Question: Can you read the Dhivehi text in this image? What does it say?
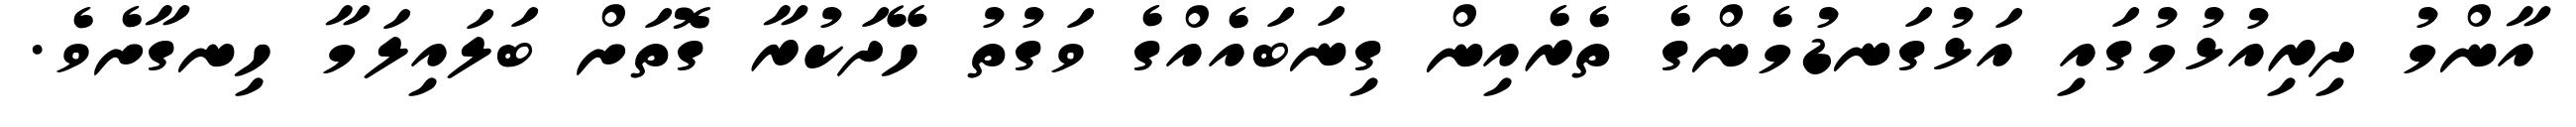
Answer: އާންމު ދިރިއުޅުމުގައި އަޅުގަނޑުމެންގެ ތެރެއިން ގިނަބައެއްގެ ވަގުތު ހޭދަކުރާ ގޮތަށް ބަލައިލަމާ ހިނގާށެވެ.